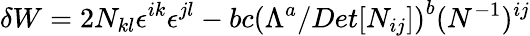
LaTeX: {\delta W}=2N_{kl}\epsilon^{ik}\epsilon^{jl}-bc\left(\Lambda^{a}/Det[N_{ij}]\right)^{b}(N^{-1})^{ij}